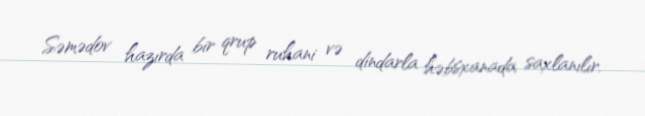
Səmədov hazırda bir qrup ruhani və dindarla həbsxanada saxlanılır.